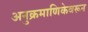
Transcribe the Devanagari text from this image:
अनुक्रमाणिकेवरून